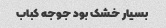
بسیار خشک بود جوجه کباب